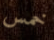
خمس